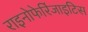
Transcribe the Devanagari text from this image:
राइनोफेरिंजाइटिस